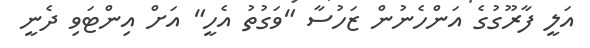
އަލީ ފާރޫގުގެ އަންހެނުން ޒަހުސާ "ވަގުތު އެހީ" އަށް އިންޓަވި ދެނީ